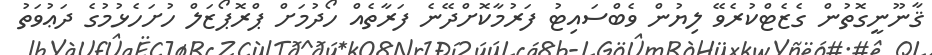
ޤާނޫނީގޮތުން ގެޒެޓްކުރެވޭ ލިޔުން ވެބްސައިޓު ފަރުމާކޮށްދޭނެ ފަރާތެއް ހޯދުމަށް ޕްރޮޕޯޒަލް ހުށަހެޅުމުގެ ދަޢުވަތު